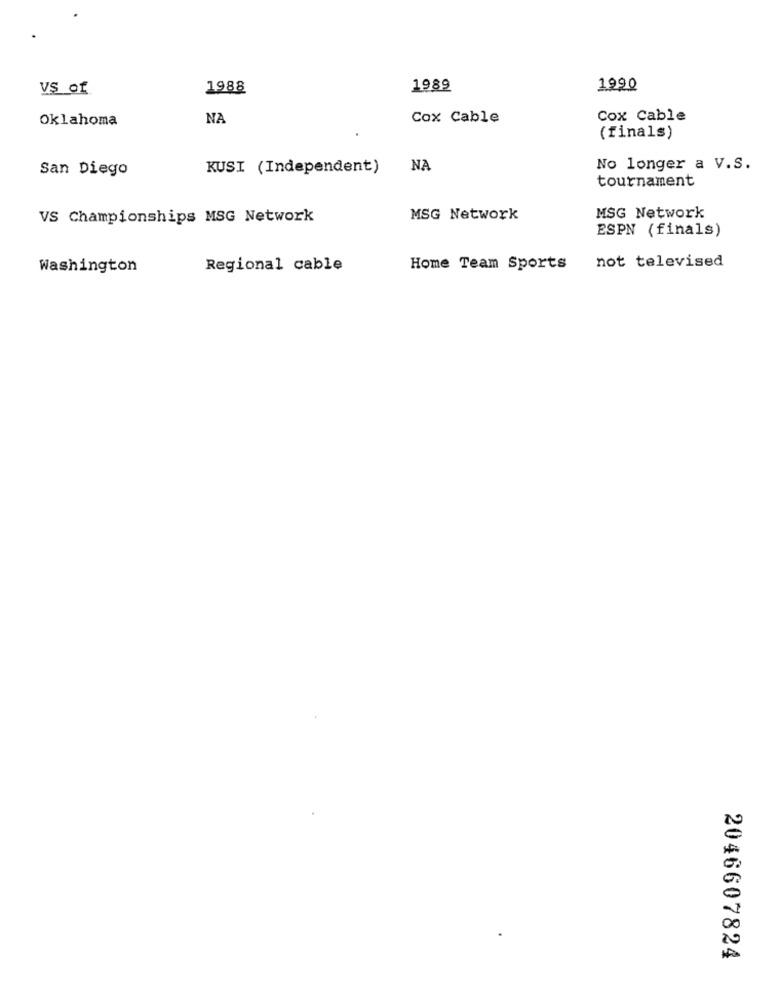
VS of
1988
1989
1990
Oklahoma
NA
Cox Cable
Cox Cable
(finals)
San Diego
KUSI (Independent)
NA
No longer a V.S.
tournament
VS Championships MSG Network
MSG Network
MSG Network
ESPN (finals)
not televised
Washington
Regional cable
Home Team Sports
2046607824